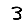
Digit: 3